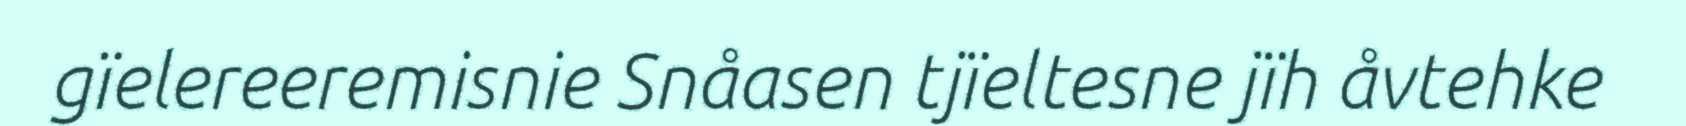
gïelereeremisnie Snåasen tjïeltesne jïh åvtehke